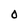
Character: O